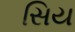
સિય